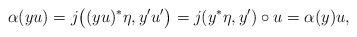
LaTeX: \begin{align*}\alpha(yu) = j\big( (yu)^*\eta, y'u' \big) = j(y^*\eta, y')\circ u = \alpha(y)u,\end{align*}